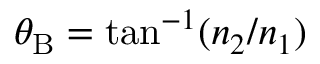
\theta _ { \mathrm { B } } = \tan ^ { - 1 } ( n _ { 2 } / n _ { 1 } )